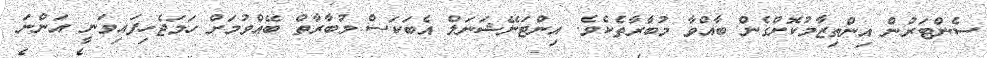
ސެންޓަރުން އިންތިޒާމުކޮށްގެން ބާއްވާ މުބާރާތެކެވެ. އިންޓަނޭޝަނަލް އެބަކަސް މުބާރާތް ބޭއްވުމަށް ހަމަޖެހިފައިވަނީ އަންނަ